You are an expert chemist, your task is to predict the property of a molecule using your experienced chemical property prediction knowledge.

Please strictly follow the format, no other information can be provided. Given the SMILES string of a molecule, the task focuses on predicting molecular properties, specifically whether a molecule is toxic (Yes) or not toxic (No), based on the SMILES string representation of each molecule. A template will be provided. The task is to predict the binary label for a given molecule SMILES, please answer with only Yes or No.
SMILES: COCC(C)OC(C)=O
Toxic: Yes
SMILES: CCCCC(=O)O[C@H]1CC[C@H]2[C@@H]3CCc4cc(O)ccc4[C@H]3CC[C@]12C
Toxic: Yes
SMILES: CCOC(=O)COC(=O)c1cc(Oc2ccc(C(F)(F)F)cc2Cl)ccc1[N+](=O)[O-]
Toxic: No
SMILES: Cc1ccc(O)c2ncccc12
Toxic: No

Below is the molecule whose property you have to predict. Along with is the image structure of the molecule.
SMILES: Clc1ccc(Cl)c(Cl)c1
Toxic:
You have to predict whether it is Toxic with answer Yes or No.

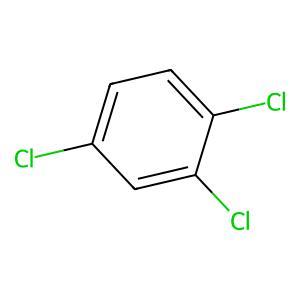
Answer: No